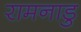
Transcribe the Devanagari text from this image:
रामनाडु